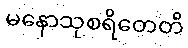
မနောသုစရိတေတိ